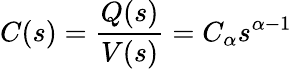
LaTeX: C(s)=\frac{Q(s)}{V(s)}=C_{\alpha}s^{\alpha-1}